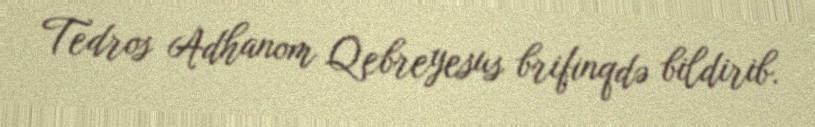
Tedros Adhanom Qebreyesus brifinqdə bildirib.